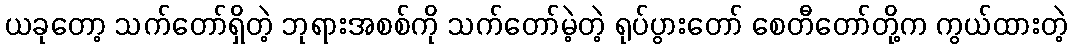
ယခုတော့ သက်တော်ရှိတဲ့ ဘုရားအစစ်ကို သက်တော်မဲ့တဲ့ ရုပ်ပွားတော် စေတီတော်တို့က ကွယ်ထားတဲ့